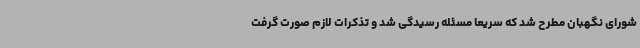
شورای نگهبان مطرح شد که سریعا مسئله رسیدگی شد و تذکرات لازم صورت گرفت